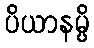
ပိယာနမ္ပိ